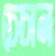
চেচান